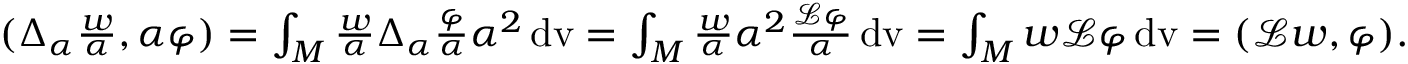
\begin{array} { r } { ( \Delta _ { \alpha } \frac { w } { \alpha } , \alpha \varphi ) = \int _ { M } \frac { w } { \alpha } \Delta _ { \alpha } \frac { \varphi } { \alpha } \alpha ^ { 2 } \, \mathrm { d v } = \int _ { M } \frac { w } { \alpha } \alpha ^ { 2 } \frac { \mathcal { L } \varphi } { \alpha } \, \mathrm { d v } = \int _ { M } w \mathcal { L } \varphi \, \mathrm { d v } = ( \mathcal { L } w , \varphi ) . } \end{array}